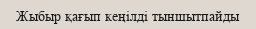
Жыбыр қағып кеңілді тыншытпайды